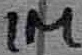
Text: 1M